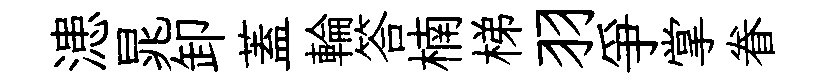
漶晁卸蓋輪答楠梯羽爭掌眷